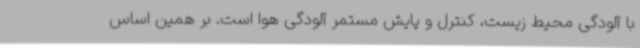
با آلودگی محیط زیست، کنترل و پایش مستمر آلودگی هوا است. بر همین اساس